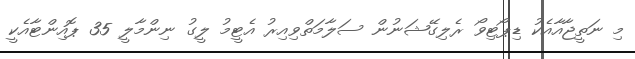
މި ނަތީޖާއާއެކު ޑިޕޯޓިވޯ ރެލިގޭޝަނުން ސަލާމަތްވިއިރު އެޓީމު ލީގު ނިންމާލީ 35 ޕޮއިންޓާއެކީ